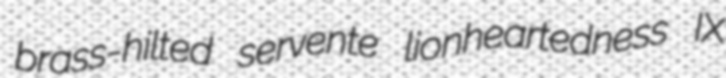
brass-hilted servente lionheartedness IX